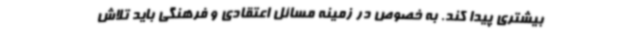
بیشتری پیدا کند. به خصوص در زمینه مسائل اعتقادی و فرهنگی باید تلاش